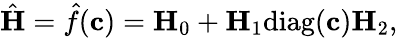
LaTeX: \hat{\mathbf{H}}=\hat{f}(\mathbf{c})=\mathbf{H}_{0}+\mathbf{H}_{1}\mathrm{diag}(\mathbf{c})\mathbf{H}_{2},